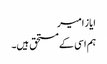
ایاز امیر
ہم اسی کے مستحق ہیں۔